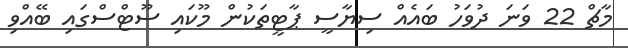
މާޗް 22 ވަނަ ދުވަހު ބައެއް ސިޔާސީ ޕާޓީތަކުން މޫކައި ސޫޓްސްގައި ބޭއްވި